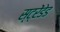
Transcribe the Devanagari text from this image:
स्ट्रेंडेड